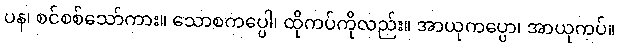
ပန၊ စင်စစ်သော်ကား။ သောစကပ္ပေါ၊ ထိုကပ်ကိုလည်း။ အာယုကပ္ပော၊ အာယုကပ်။